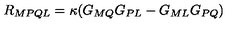
R _ { M P Q L } = \kappa ( G _ { M Q } G _ { P L } - G _ { M L } G _ { P Q } )